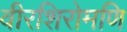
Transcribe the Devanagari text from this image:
वीरशिरोमणि